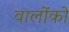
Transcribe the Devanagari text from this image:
वालोंको